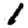
Digit: 1